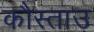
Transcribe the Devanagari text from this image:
कौस्ताउ